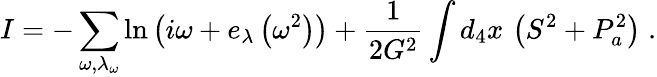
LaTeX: I=-\sum_{\omega,\lambda_{\omega}}\ln\left(i\omega+e_{\lambda}\left(\omega^{2}\right)\right)+\frac{1}{2G^{2}}\int d_{4}x\, \left(S^{2}+P_{a}^{2}\right)\; .